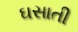
ઘસાતી